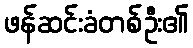
ဖန်ဆင်းခံတစ်ဦး၏